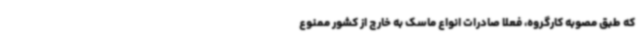
که طبق مصوبه کارگروه، فعلا صادرات انواع ماسک به خارج از کشور ممنوع